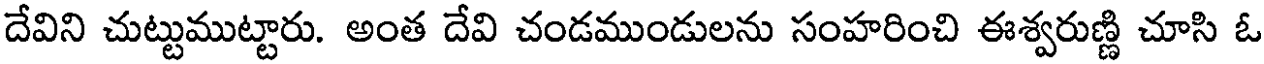
దేవిని చుట్టుముట్టారు. అంత దేవి చండముండులను సంహరించి ఈశ్వరుణ్ణి చూసి ఓ